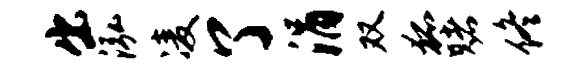
出泓凌了涓双狐赌佟